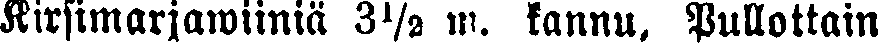
Kirsimarjawiiniä 3½ m. kannu. Pullottain